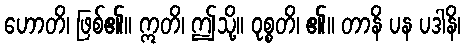
ဟောတိ၊ ဖြစ်၏။ ဣတိ၊ ဤသို့။ ဝုစ္စတိ၊ ၏။ တာနိ ပန ပဒါနိ၊